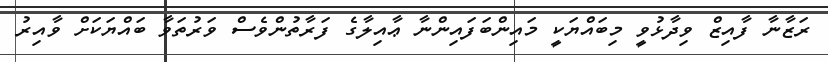
ރަޒާނާ ފާއިޒް ވިދާޅުވީ މިބައްޔަކީ މައިންބަފައިންނާ ޢާއިލާގެ ފަރާތުންވެސް ވަރުތަވާ ބައްޔަކަށް ވާއިރު